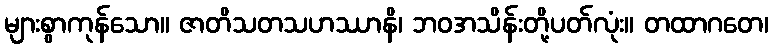
များစွာကုန်သော။ ဇာတိသတသဟဿာနိ၊ ဘဝအသိန်းတို့ပတ်လုံး။ တထာဂတေ၊